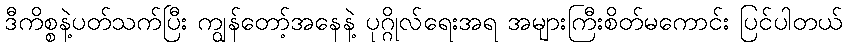
ဒီကိစ္စနဲ့ပတ်သက်ပြီး ကျွန်တော့်အနေနဲ့ ပုဂ္ဂိုလ်ရေးအရ အများကြီးစိတ်မကောင်း ပြင်ပါတယ်